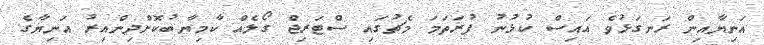
އަނިޔާއިން ރަނގަޅުވެ އައިސް ކުޅުނު ފުރަތަމަ މެޗުގައި ސްޓަރިޖް ގޯލެއް ކާމިޔާބުކޮށްދިންއިރު އަނިޔާގެ